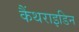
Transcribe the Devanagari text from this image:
कैंथराइडिन